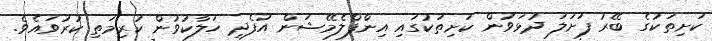
ކަށިތަކުގެ ބޭރު ފަށަލަ ދުޅަވުން ކަށިތަކުގައި އިންފްލެމޭޝަން އުފެދި ހަލާކުވުން ކުރިމަތި ކުރުވައެވެ.